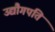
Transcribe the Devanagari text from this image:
उद्यौगपति